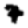
Digit: 7